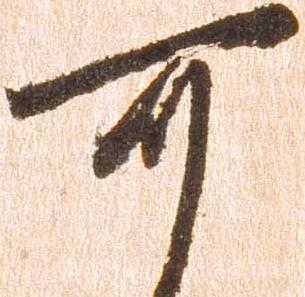
可